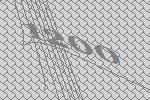
1200